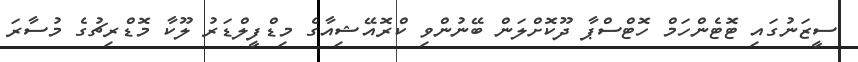
ސީޒަނުގައި ޓޮޓެންހަމް ހޮޓްސްޕާ ދޫކޮށްލަން ބޭނުންވި ކްރޮއޭޝިއާގެ މިޑްފީލްޑަރު ލޫކާ މޮޑްރިޗުގެ މުސާރަ